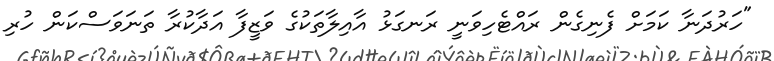
"ހަރުދަނާ ކަމަށް ފެނިގެން ރައްޓެހިވަނީ ރަނގަޅު އާއިލާތަކުގެ ވަޒީފާ އަދާކުރާ ތަނަވަސްކަން ހުރި